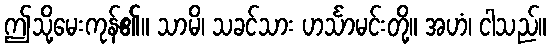
ဤသို့မေးကုန်၏။ သာမိ၊ သခင်သား ဟင်္သာမင်းတို့။ အဟံ၊ ငါသည်။